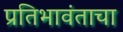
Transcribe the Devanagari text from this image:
प्रतिभावंताचा